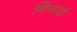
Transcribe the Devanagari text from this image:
गियार्ड